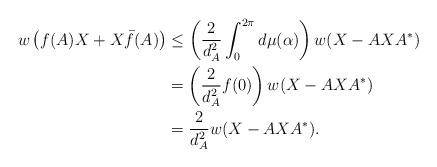
LaTeX: \begin{align*}w\left( f(A)X+X\bar{f}(A)\right) & \leq \left( {\frac{2}{d_{A}^{2}}}\int_{0}^{2\pi }d\mu (\alpha )\right) w(X-AXA^{\ast }) \\& =\left( {\frac{2}{d_{A}^{2}}}f(0)\right) w(X-AXA^{\ast }) \\& ={\frac{2}{d_{A}^{2}}}w(X-AXA^{\ast }).\end{align*}